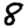
Digit: 8